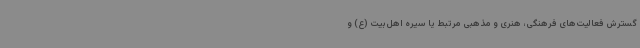
گسترش فعالیت‌های فرهنگی، هنری و مذهبی مرتبط یا سیره اهل‌بیت (ع) و